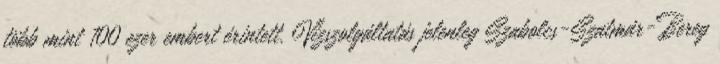
több mint 100 ezer embert érintett. Vízszolgáltatás jelenleg Szabolcs-Szatmár-Bereg